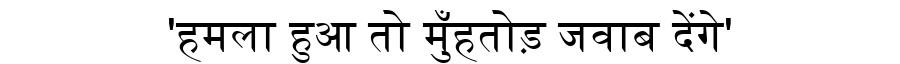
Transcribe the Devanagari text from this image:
'हमला हुआ तो मुँहतोड़ जवाब देंगे'